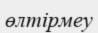
өлтірмеу